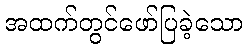
အထက်တွင်ဖော်ပြခဲ့သော